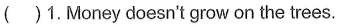
( )1.Money doesn't grow on the trees.